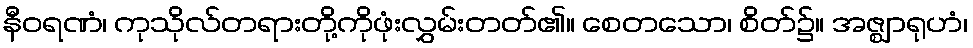
နီဝရဏံ၊ ကုသိုလ်တရားတို့ကိုဖုံးလွှမ်းတတ်၏။ စေတသော၊ စိတ်၌။ အဇ္ဈာရုဟံ၊